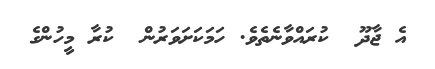
އެ ޖާދޫ  ކުރައްވާނެތެވެ. ހަމަކަށަވަރުން  ކުރާ މީހުންގެ